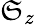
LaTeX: \mathfrak{S}_{z}